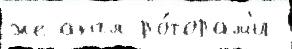
же англ ро́торам'и